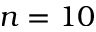
n = 1 0